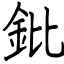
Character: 鈚